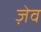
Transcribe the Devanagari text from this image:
ज़ेव